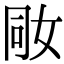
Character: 𡜝